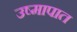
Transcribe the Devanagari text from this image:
उष्मापात